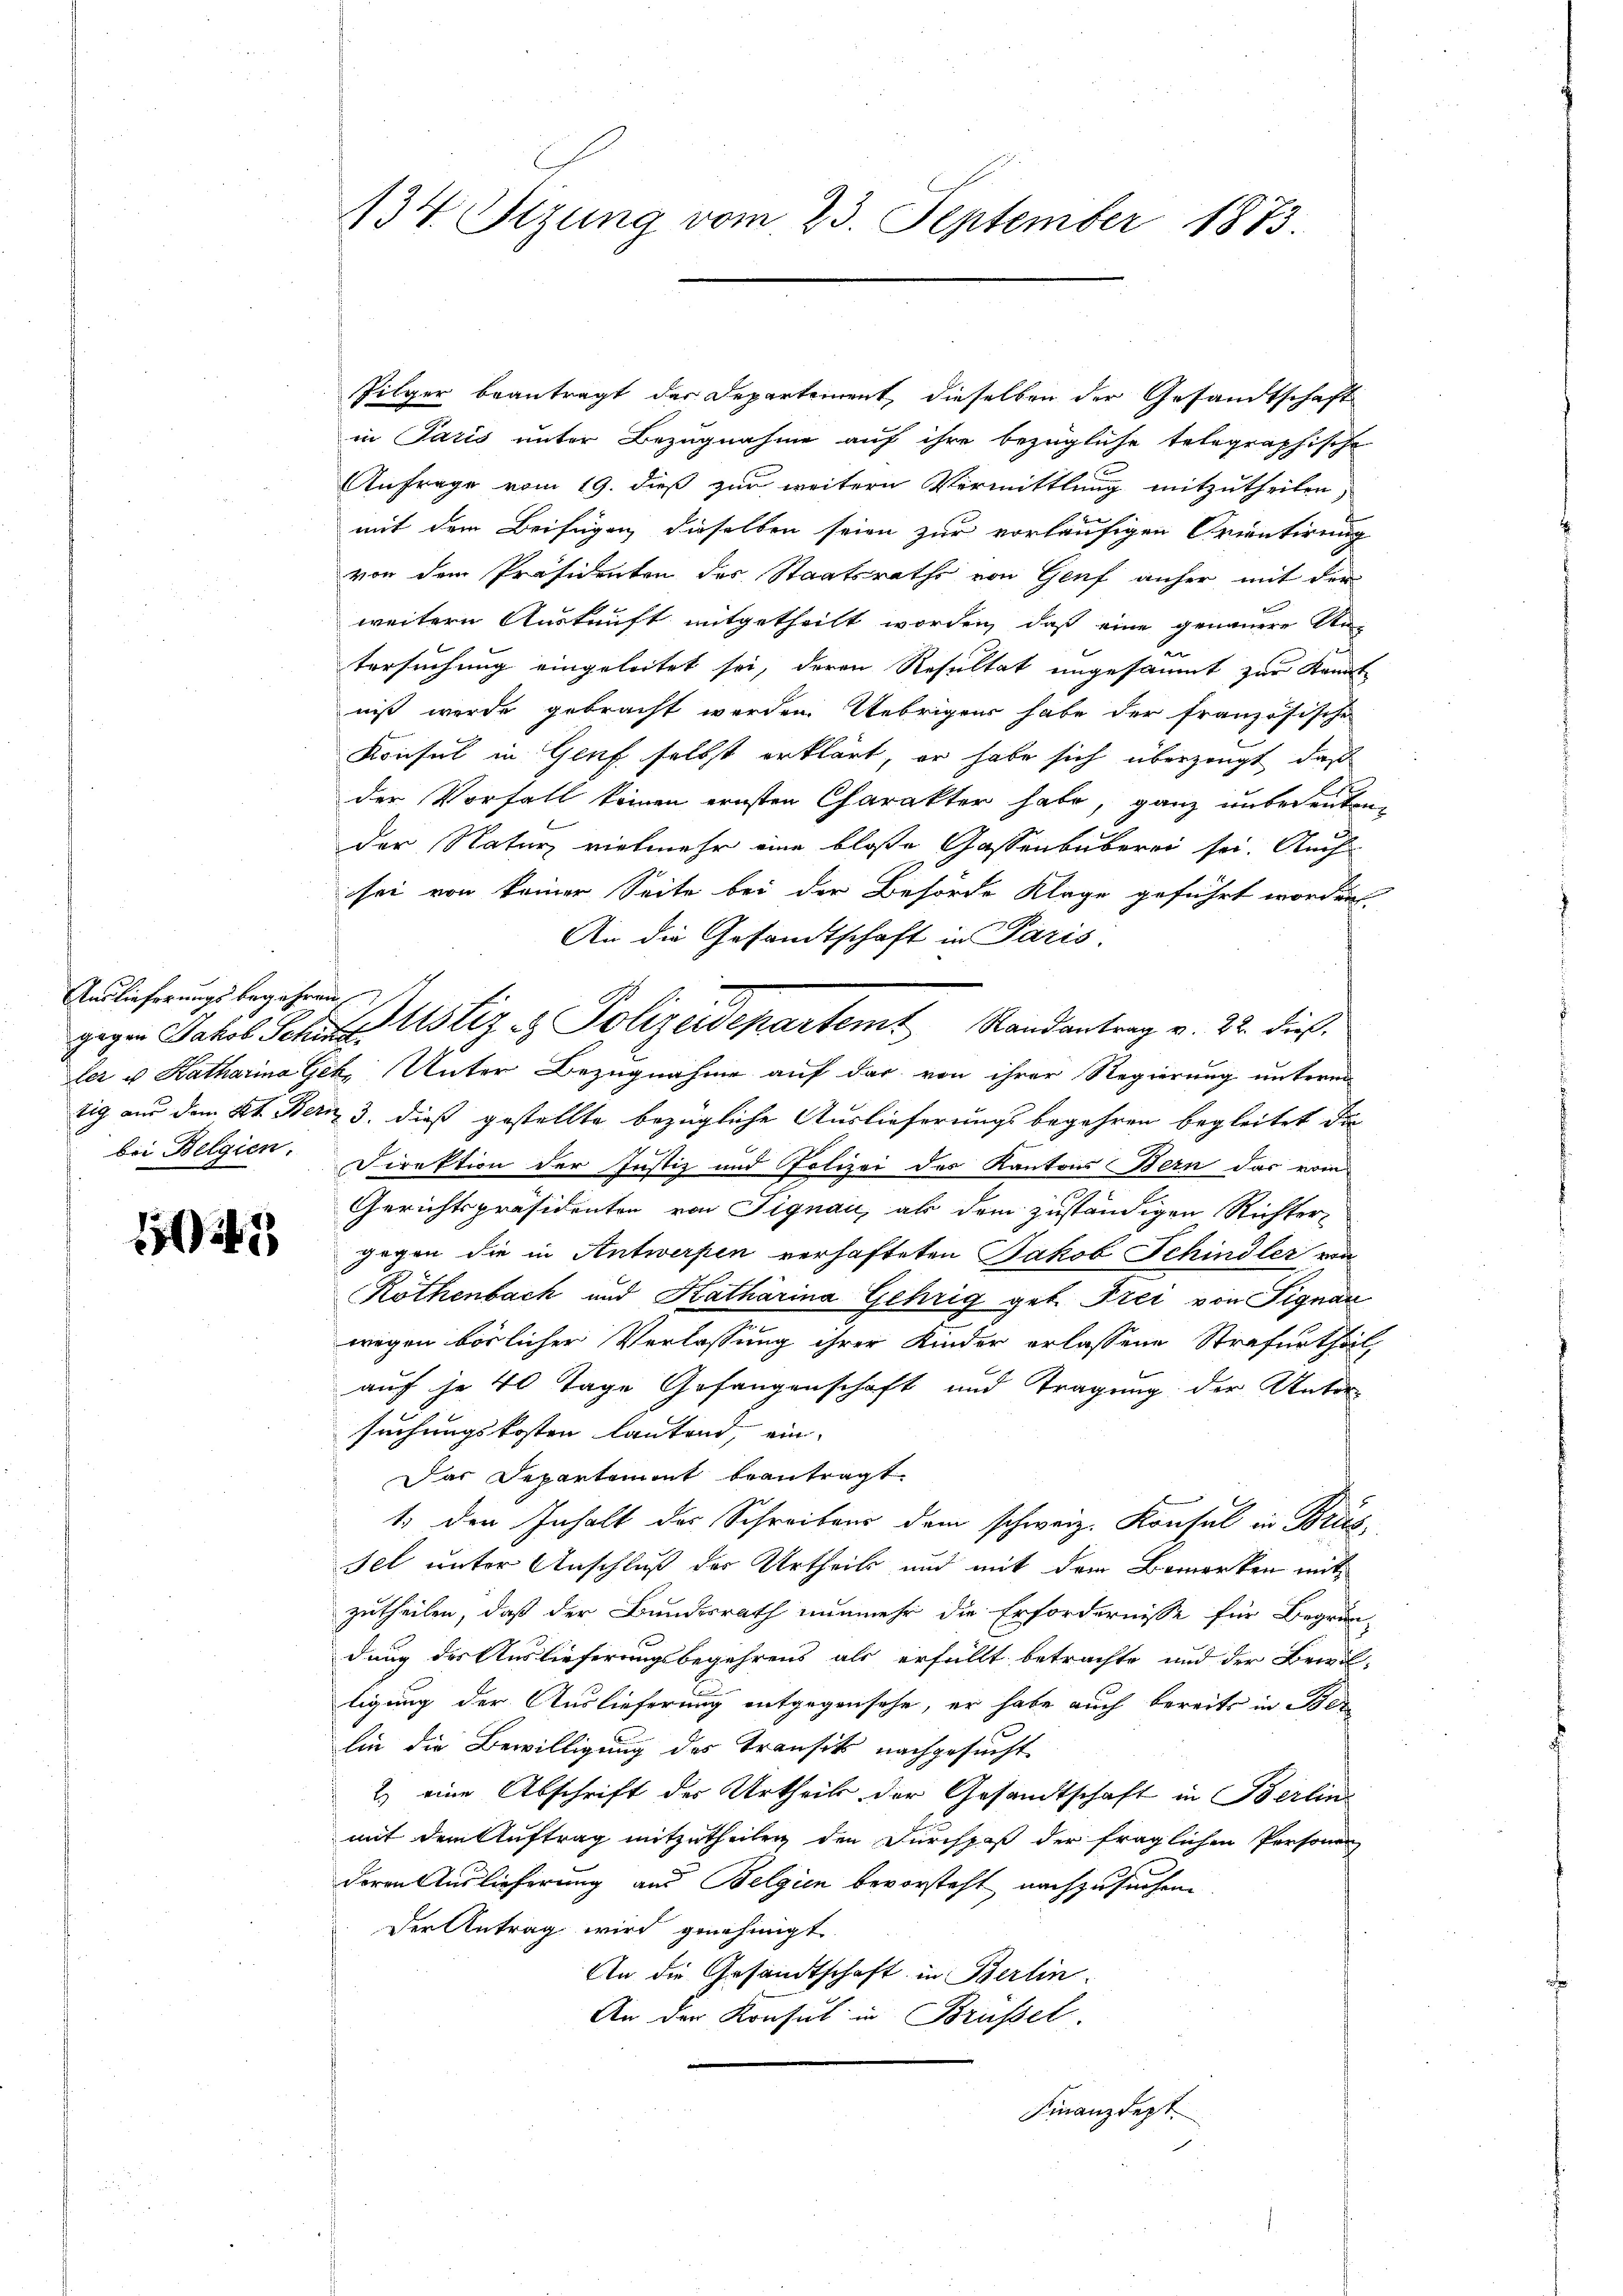
Auslieferungsbegehren

123

Pilger beantragt der Departement, dieselben der Gesandtschaft
in Paris unter Bezugnahme auf ihre bezügliche telegraphische
Anfrage vom 19. dieß zur weitern Vermittlung mitzutheilen,
mit dem Beifügen dieselben seien zur vorläufigen Crientirung
von dem Präsidenten des Staatsrathe von Genf anher mit der
weitern Auskunft mitgetheilt worden, daß eine genauere Un-
u
tersuchung eingeleitet sei, deren Resultat ungesäumt zur Kennt
nis werde gebracht werden. Uebrigens habe der französischen
Konsul in Genf selbst erklärt, er habe sich überzeugt, daß
der Vorfall keinen ernsten Charakter habe, ganz unbedeuten
der Natur vielmehr eine bloße Gassenbüberei sei. Auch
sei von keiner Seite bei der Behörde Klage geführt worden.
An die Gesandtschaft in Paris.
ler u Katharina Gek, Unter Bezugnahme auf der von ihrer Regierung unterm
tig aus dem Kt. Bern 3. dieß gestellte bezügliche Auslieferungsbegehren begleitet die
.
bei Belgien. Direktion der Justiz und Polizei des Kantons Bern das vom
Gerichtspräsidenten von Signau, als dem zuständigen Richter
gegen die in Antwerfen verhafteten Jakob Schindler von
Röthenbach und Katharina Gehrig geb. Frei von Signan
wegen börlicher Verlassung ihrer Kinder erlassene Strafurtheil
auf je 40 Tage Gefangenschaft und Tragung der Untersuchungskosten lautend, ein- |
Das Departament beantragt.
1. den Inhalt des Schreibens dem schweiz. Konsul in Brus-
sel unter Anschluß der Urtheils und mit dem Bemerken mitzutheilen, daß der Bundesrath nunmehr die Erfordernisse für Begrün
dung der Auslieferungsbegehrens als erfüllt betrachte und der Bewil-
tigung der Auslieferung entgegensehe, er habe auch bereits in Ber
lin die Bewilligung des Transit nachgesucht
2) eine Abschrift des Urtheils der Gesandtschaft in Berlin
mit dem Auftrag mitzutheilen den Durchpaß der fraglichen Personen
deren Auslieferung aus Belgien bevorsteht nachzusuchen.
Der Antrag wird genehmigt
An die Gesandtschaft in Berlin
An der Konsul in Brüssel.
Finanzdept.

134. Sizung vom 23. September 1873.

gegen Jakob Schustiz & Polizeidepartem Randantrag v. 22. dieß